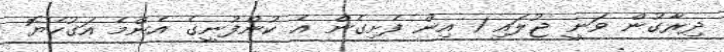
ދިރާގުން ވަނީ ޖުލައި 1 އިން ފެށިގެން އެ ކުންފުނީގެ އެންމެ އަގުހެޔޮ